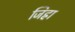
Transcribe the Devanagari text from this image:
जिह्रा